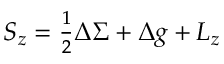
S _ { z } = { \textstyle { \frac { 1 } { 2 } } } \Delta \Sigma + \Delta g + L _ { z }